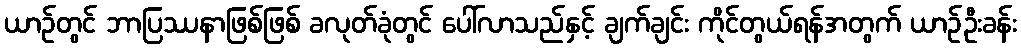
ယာဉ်တွင် ဘာပြဿနာဖြစ်ဖြစ် ခလုတ်ခုံတွင် ပေါ်လာသည်နှင့် ချက်ချင်း ကိုင်တွယ်ရန်အတွက် ယာဉ်ဦးခန်း